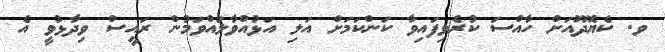
ވ. ކެޔޮދޫއަށް ހާއްސަ ކުރެވިފައިވާ ކަންކަމަށް އަލި އަޅުއްވާލައްވަމުން ރައީސް ވިދާޅުވީ އެ